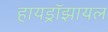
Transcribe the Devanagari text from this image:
हायड्रॉझायल